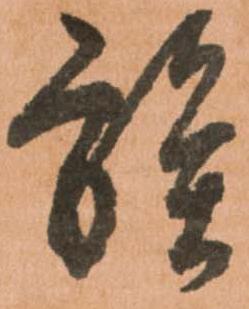
族